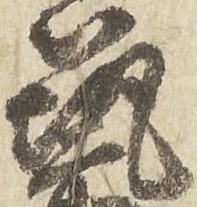
筑